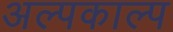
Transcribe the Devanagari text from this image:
अल्पकाल्प